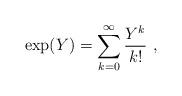
LaTeX: \begin{align*} \exp(Y) = \sum_{k=0}^\infty \frac{Y^k}{k!}~,\end{align*}